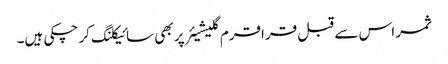
ثمر اس سے قبل قراقرم گلیشیئر پر بھی سائیکلنگ کر چکی ہیں۔